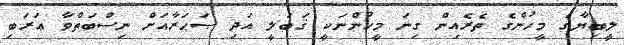
ލީބިޔާގެ މީހުންގެ ތެރެއިން ގިނަ މީހުންނަކީ ޤަބަލީ އަދި ޞަޙަރާއަށް ނިސްބަތްވާ ޢަރަބި